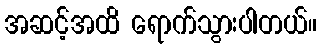
အဆင့်အထိ ရောက်သွားပါတယ်။